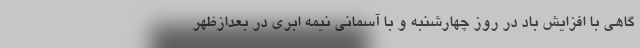
گاهی با افزایش باد در روز چهارشنبه و با آسمانی نیمه ابری در بعدازظهر